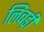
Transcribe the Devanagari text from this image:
लिंबड़ी